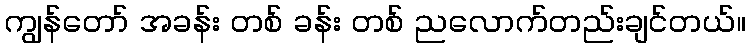
ကျွန်တော် အခန်း တစ် ခန်း တစ် ညလောက်တည်းချင်တယ်။